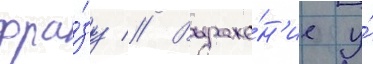
фра́зу // Выраже́н'ие у́